Vaccination Hyderabad 1872-1889 - 1872-1889
Year: 1872
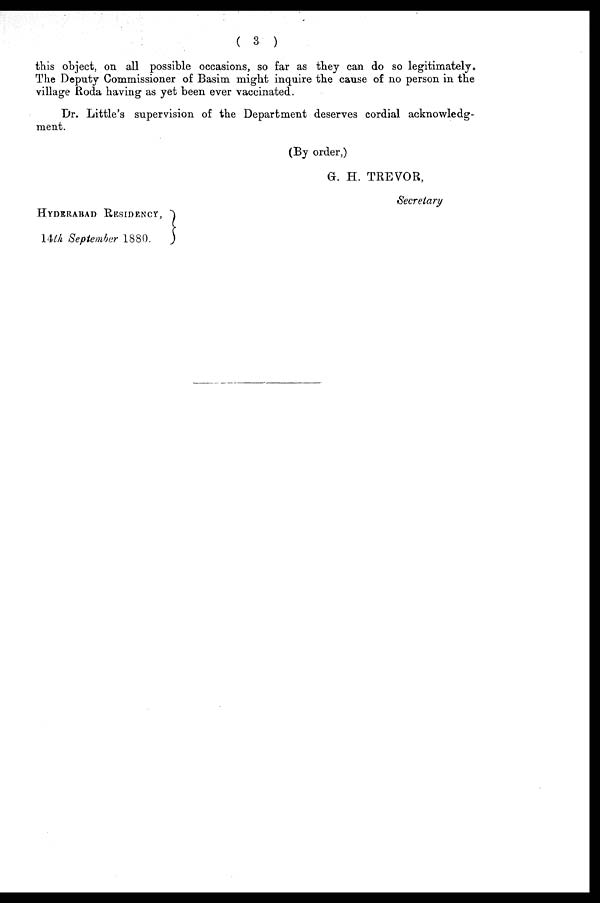
( 3 )
this object, on all possible occasions, so far as they can do so legitimately.
The Deputy Commissioner of Basim might inquire the cause of no person in the
village Roda having as yet been ever vaccinated.
Dr. Little's supervision of the Department deserves cordial acknowledg-
ment.
(By order,)
G. H. TREVOR,
Secretary
HYDERABAD RESIDENCY,
14th September 1880.